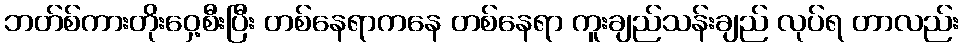
ဘတ်စ်ကားတိုးဝှေ့စီးပြီး တစ်နေရာကနေ တစ်နေရာ ကူးချည်သန်းချည် လုပ်ရ တာလည်း